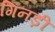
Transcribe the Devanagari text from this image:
गिनड़ी